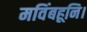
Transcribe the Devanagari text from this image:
मविंबहूनि।